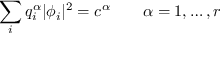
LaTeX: \sum _ { i } q _ { i } ^ { \alpha } | \phi _ { i } | ^ { 2 } = c ^ { \alpha } \qquad \alpha = 1 , \ldots , r